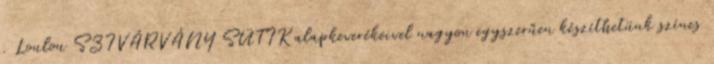
. Loulou SZIVÁRVÁNY SÜTIK alapkeverékeivel nagyon egyszerűen készíthetünk színes